Annual report on the lock hospitals of the Madras Presidency
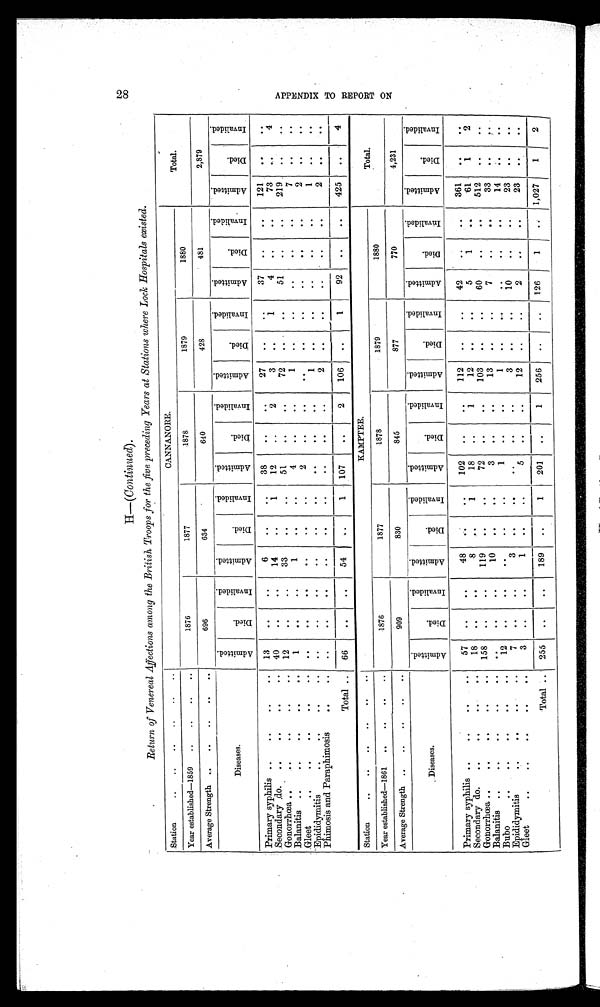
H — (Continued) .
2 8
Return of Venereal Affections among the British Troops for the five preceding Years at Stations where Lock Hospitals existed.
Station
..
. .. .. ..
CANNANORE.
Total.
Year established—1859
..
..
..
..
1876
1877
1878
1879
1880
Average Strength ..
..
..
..
..
696
634
640
428
481
2,879
Diseases.
Ad mi t t e d .
Died.
I n v a l i d e d .
A d mi t t e d .
Died.
I n v a l i d e d .
A d mi t t e d .
Died.
I n v a l i d e .
Ad mi t t e d .
Died.
I n v a l i d e d .
A d mi t t e d .
Died.
I n v a l i d e d .
Ad mi t t e d .
Died.
I n v a l i d e d .
Primary syphilis ..
. .. . ..
13
..
..
6
..
..
38
..
..
27
..
. .
37
..
..
121
. .
. .
Secondary
..
. . . .
do.
40
..
..
14
..
. . 12
..
2
3
1
1
4
. .
..
73
. . 4
Gonorrhœa.. .. .. . .. . ..
12
..
..
33
..
. .
51
..
..
72
. .
. . 51
. .
. .
219
. .
..
Balanitis ..
..
..
. .
1
. .
..
1
. .
..
4
. .
..
1
. .
..
..
. .
..
7
..
. .
Gleet
. . . . .. . . ..
. .
. .
..
..
..
. .
2
..
..
..
..
..
..
. .
..
2
..
. .
Epididymitis
..
..
..
..
. . ..
. .
..
..
..
..
. .
..
1
. .
. .
. .
..
..
1
..
. .
Phimosis and Paraphimosis
. . ..
..
..
..
..
..
..
..
..
..
2
. .
..
. . ..
..
2
..
..
Total ..
66
..
..
54
..
1
107
..
2
106
..
1
92
..
..
425
..
4
Station. . .. .. ....
KAMPTEE.
Total.
Year established—1861
..
..
..
1876
1877
1878
1879
1880
Average Strength ..
..
..
. .. .
909
830
845
877
770
4,231
Diseases.
A d m i t t e d .
Died.
I n v a l i d e d .
Admi t t e d.
Died.
I nval i ded.
Admi t t ed.
Died.
I nva l i de d.
Admi t t ed.
Di ed.
I nva l i de d.
Admi t t e d.
Died.
I nva l i de d.
Admi t t e d.
Died.
I nva l i de d.
Primary syphilis ..
. .. . . .
57
. .
..
48
..
..
102
..
. .
112
..
. .
42
..
..
361
..
..
Secondary do.
. .. . . ..
18
..
..
8
..
1
18
. .
1
12
. .
..
5
1
..
61
1 2
Gonorrhœa ..
. .. . .. ..
158
. .
. .
119
..
. .
72
. .
..
103
..
..
60
. .
. .
512
..
. .
Balanitis ... . .. .. . .
..
. .
. .
10
. .
. .
3
. .
. .
13
. .
. .
7
. .
. . 33
. .
. .
Bubo
..
. .. .. .. .
12
..
..
. .
. .
..
1
. .
. .
1
..
..
..
..
..
14
. .
. .
Epididymitis
. . ..
7
. .
. .
3
..
..
. .
..
..
3
..
..
10
. .
. .
23
..
. .
Gleet
. .. .. . .. . .
3
..
. .
1
. .
..
5
..
..
12
..
..
2
..
. .
23
..
. .
Total ..
255
. .
..
189
..
1
201
. .
1
256
..
..
126
1
. . 1,027
1
2
A P P E N D I X T O R E P O R T O N